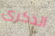
الذكرى